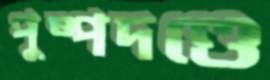
পুষ্পদণ্ডে